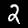
Label: 2